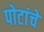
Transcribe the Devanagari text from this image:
पोटांचे